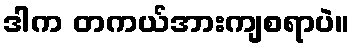
ဒါက တကယ်အားကျစရာပဲ။